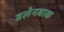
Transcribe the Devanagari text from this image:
डलेनबाक